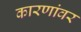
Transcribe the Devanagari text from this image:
कारणांवर